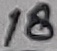
Text: 18